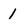
Character: 1